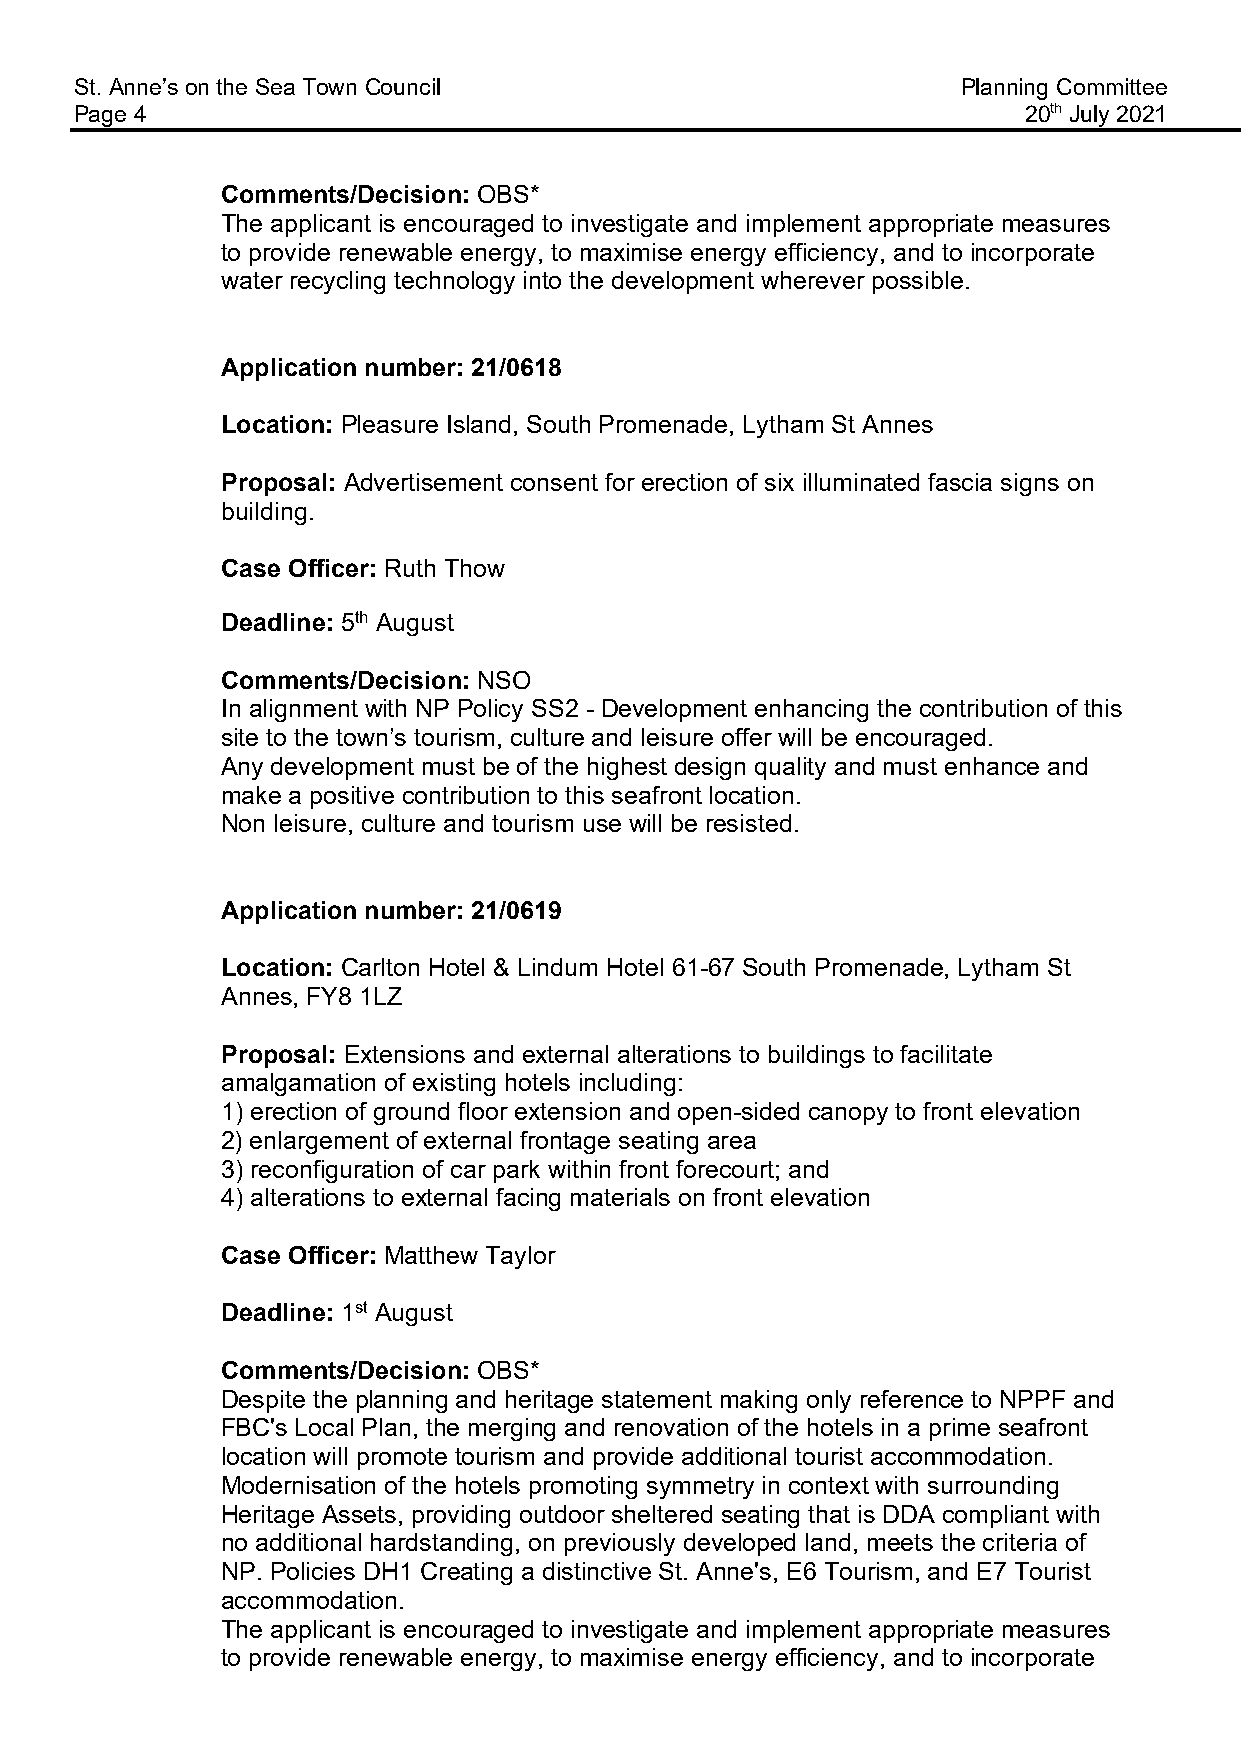
St. Anne’s on the Sea Town Council                         Planning Committee
 Page 4                                                         20th July 2021
 Comments/Decision: OBS*
 The applicant is encouraged to investigate and implement appropriate measures
 to provide renewable energy, to maximise energy efficiency, and to incorporate
 water recycling technology into the development wherever possible.
 Application number: 21/0618
 Location: Pleasure Island, South Promenade, Lytham St Annes
 Proposal: Advertisement consent for erection of six illuminated fascia signs on
 building.
 Case Officer: Ruth Thow
 Deadline: 5th August
 Comments/Decision: NSO
 In alignment with NP Policy SS2 - Development enhancing the contribution of this
 site to the town’s tourism, culture and leisure offer will be encouraged.
 Any development must be of the highest design quality and must enhance and
 make a positive contribution to this seafront location.
 Non leisure, culture and tourism use will be resisted.
 Application number: 21/0619
 Location: Carlton Hotel & Lindum Hotel 61-67 South Promenade, Lytham St
 Annes, FY8 1LZ
 Proposal: Extensions and external alterations to buildings to facilitate
 amalgamation of existing hotels including:
 1) erection of ground floor extension and open-sided canopy to front elevation
 2) enlargement of external frontage seating area
 3) reconfiguration of car park within front forecourt; and
 4) alterations to external facing materials on front elevation
 Case Officer: Matthew Taylor
 Deadline: 1st August
 Comments/Decision: OBS*
 Despite the planning and heritage statement making only reference to NPPF and
 FBC's Local Plan, the merging and renovation of the hotels in a prime seafront
 location will promote tourism and provide additional tourist accommodation.
 Modernisation of the hotels promoting symmetry in context with surrounding
 Heritage Assets, providing outdoor sheltered seating that is DDA compliant with
 no additional hardstanding, on previously developed land, meets the criteria of
 NP. Policies DH1 Creating a distinctive St. Anne's, E6 Tourism, and E7 Tourist
 accommodation.
 The applicant is encouraged to investigate and implement appropriate measures
 to provide renewable energy, to maximise energy efficiency, and to incorporate